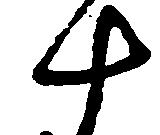
十